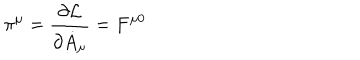
\pi ^ { \mu } = \frac { \partial { \cal L } } { \partial \dot { A } _ { \mu } } = F ^ { \mu 0 }